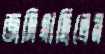
জমিয়াছিলেন